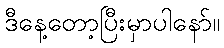
ဒီနေ့တော့ပြီးမှာပါနော်။